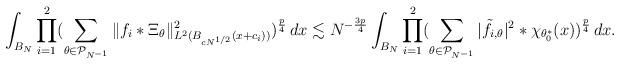
LaTeX: \begin{gather*}\int_{B_{N}}\prod_{i=1}^{2}(\sum_{\theta \in \mathcal{P}_{N^{-1}}}\|f_{i}*\Xi_{\theta}\|_{L^2(B_{cN^{{1}/{2}}}(x+c_{i}))}^2)^{\frac{p}{4}}\,dx \lesssim N^{-\frac{3p}{4}}\int_{B_{N}}\prod_{i=1}^{2}(\sum_{\theta \in \mathcal{P}_{N^{-1}}}|\tilde{f}_{i,\theta}|^2*\chi_{\theta_{0}^{*}}(x))^{\frac{p}{4}}\,dx.\end{gather*}